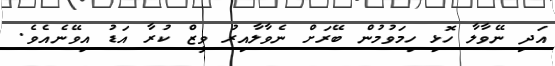
އަދި ނޭވާލާ ހޮޅި ހިމަވުމުން ބޭރަށް ނެވާލާއިރު ވީޒް ކުރާ އަޑު އިވޭނެއެވެ.